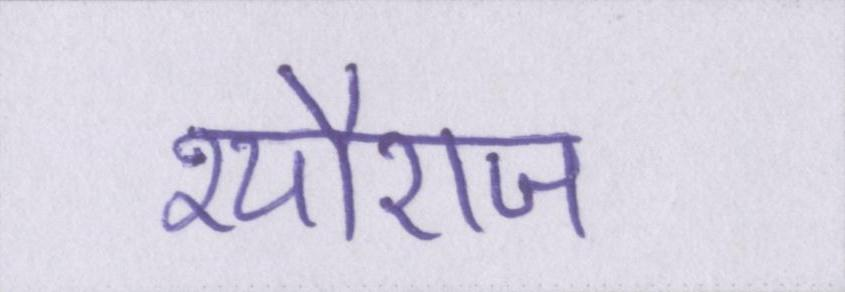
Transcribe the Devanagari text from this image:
श्यौराज